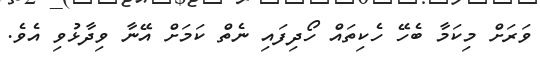
ވަރަށް މިކަމާ ބެހޭ ހެކިތައް ހޯދިފައި ނެތް ކަމަށް އޭނާ ވިދާޅުވި އެވެ.